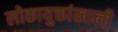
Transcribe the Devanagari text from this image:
लोकायुक्तांखाली